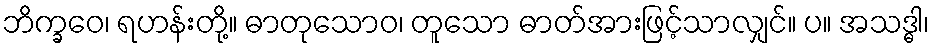
ဘိက္ခဝေ၊ ရဟန်းတို့။ ဓာတုသောဝ၊ တူသော ဓာတ်အားဖြင့်သာလျှင်။ ပ။ အသဒ္ဓါ၊